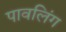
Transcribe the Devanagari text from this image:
पावलिंग